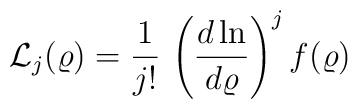
{\mathcal L}_{j}(\varrho)=\frac{1}{j!} \, \left( \frac{d \ln }{d \varrho} \right)^{j} f (\varrho)\;